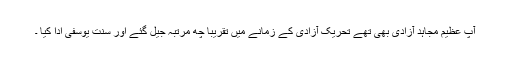
آپ عظیم مجاہد آزادی بھی تھے تحریک آزادی کے زمانے میں تقریبا چھ مرتبہ جیل گئے اور سنت یوسفی ادا کیا ۔